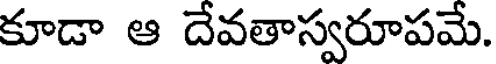
కూడా ఆ దేవతాస్వరూపమే.